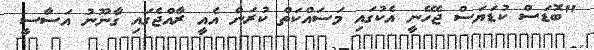
"ބޮޑަސް ކުޑަޔަސް ޖެހޭނީ އެކުގައި މަސައްކަތް ކުރަން އެއީ ރާއްޖެގައި ގާނޫނު އަސާސީ